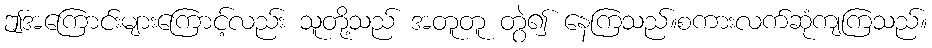
ဤအကြောင်းများကြောင့်လည်း သူတို့သည် အတူတူ တွဲ၍ နေကြသည်။စကားလက်ဆုံကျကြသည်။